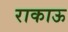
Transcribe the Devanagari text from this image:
राकाऊ